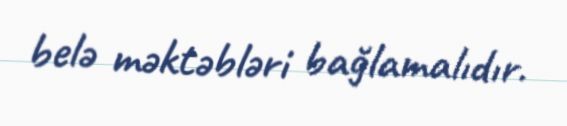
belə məktəbləri bağlamalıdır.